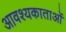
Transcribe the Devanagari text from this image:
आवश्यकाताओं